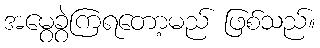
အမွေခွဲကြရတော့မည် ဖြစ်သည်။